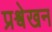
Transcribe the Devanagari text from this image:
प्रश्वेखन